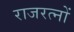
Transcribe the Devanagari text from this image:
राजरत्नों